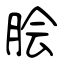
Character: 脍